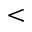
<